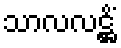
သာလလဋ္ဌိံ